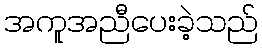
အကူအညီပေးခဲ့သည်